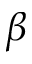
\beta